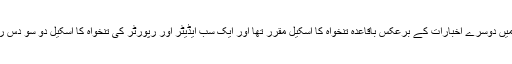
اس زمانہ میں روز نامہ امروز میں دوسرے اخبارات کے برعکس باقاعدہ تنخواہ کا اسکیل مقرر تھا اور ایک سب ایڈیٹر اور رپورٹر کی تنخواہ کا اسکیل دو سو دس روپے ماہانہ سے شروع ہوتا تھا۔